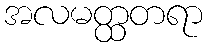
အလမတ္ထတရာ